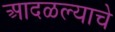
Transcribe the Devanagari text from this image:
आदळल्याचे